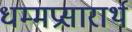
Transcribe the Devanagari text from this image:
धम्मप्रसारार्थ